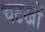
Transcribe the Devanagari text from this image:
चटखों